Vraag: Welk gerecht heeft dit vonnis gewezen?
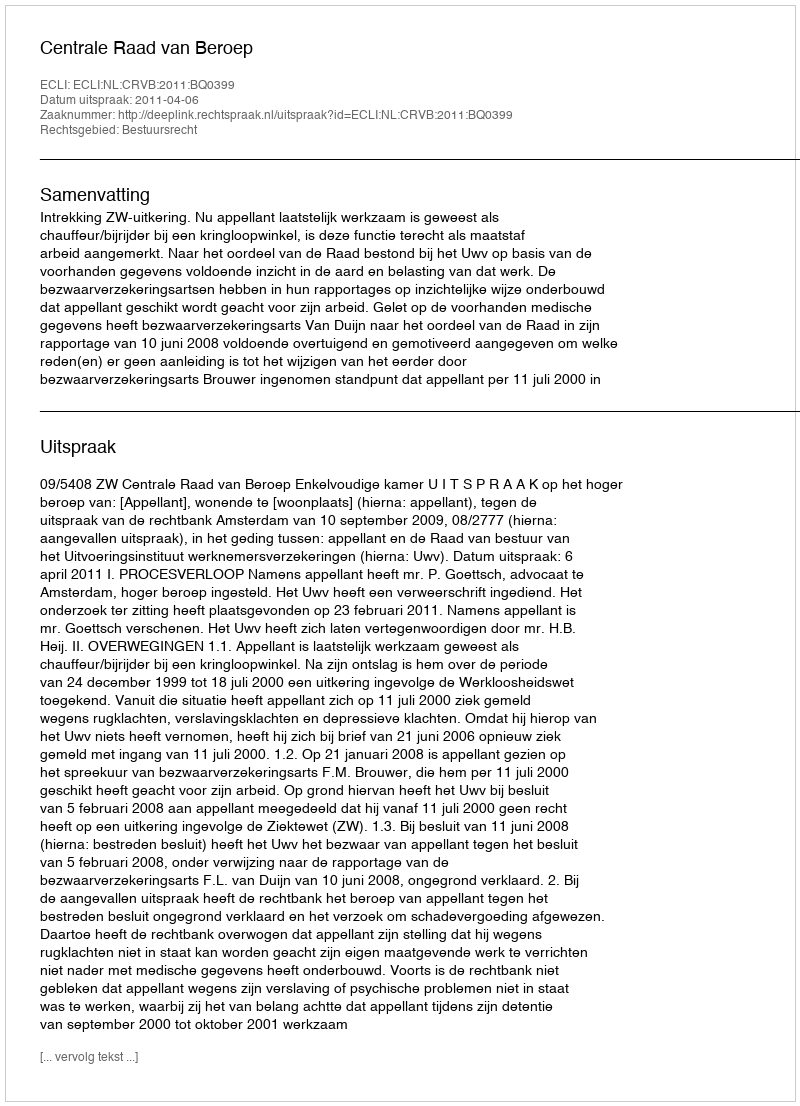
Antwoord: Centrale Raad van Beroep